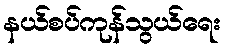
နယ်စပ်ကုန်သွယ်ရေး